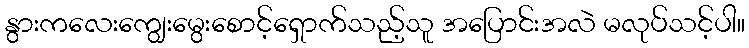
နွားကလေးကျွေးမွေးစောင့်ရှောက်သည့်သူ အပြောင်းအလဲ မလုပ်သင့်ပါ။